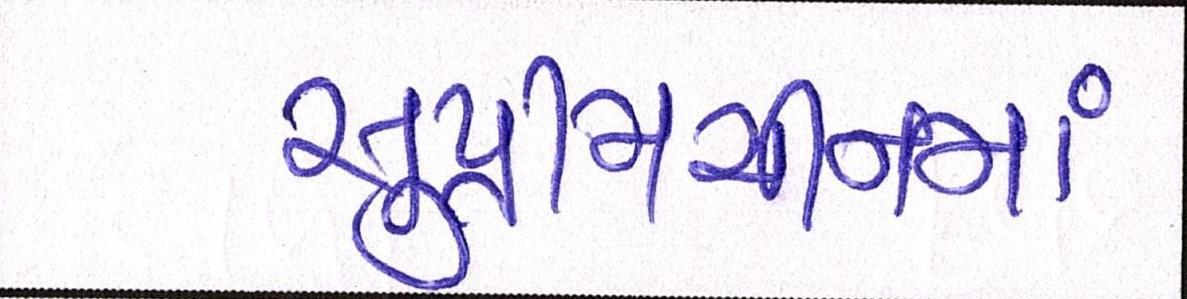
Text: સુપ્રીમચીનમાં